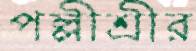
পল্লীশ্রীর